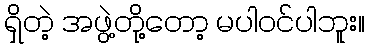
ရှိတဲ့ အဖွဲ့တို့တော့ မပါဝင်ပါဘူး။